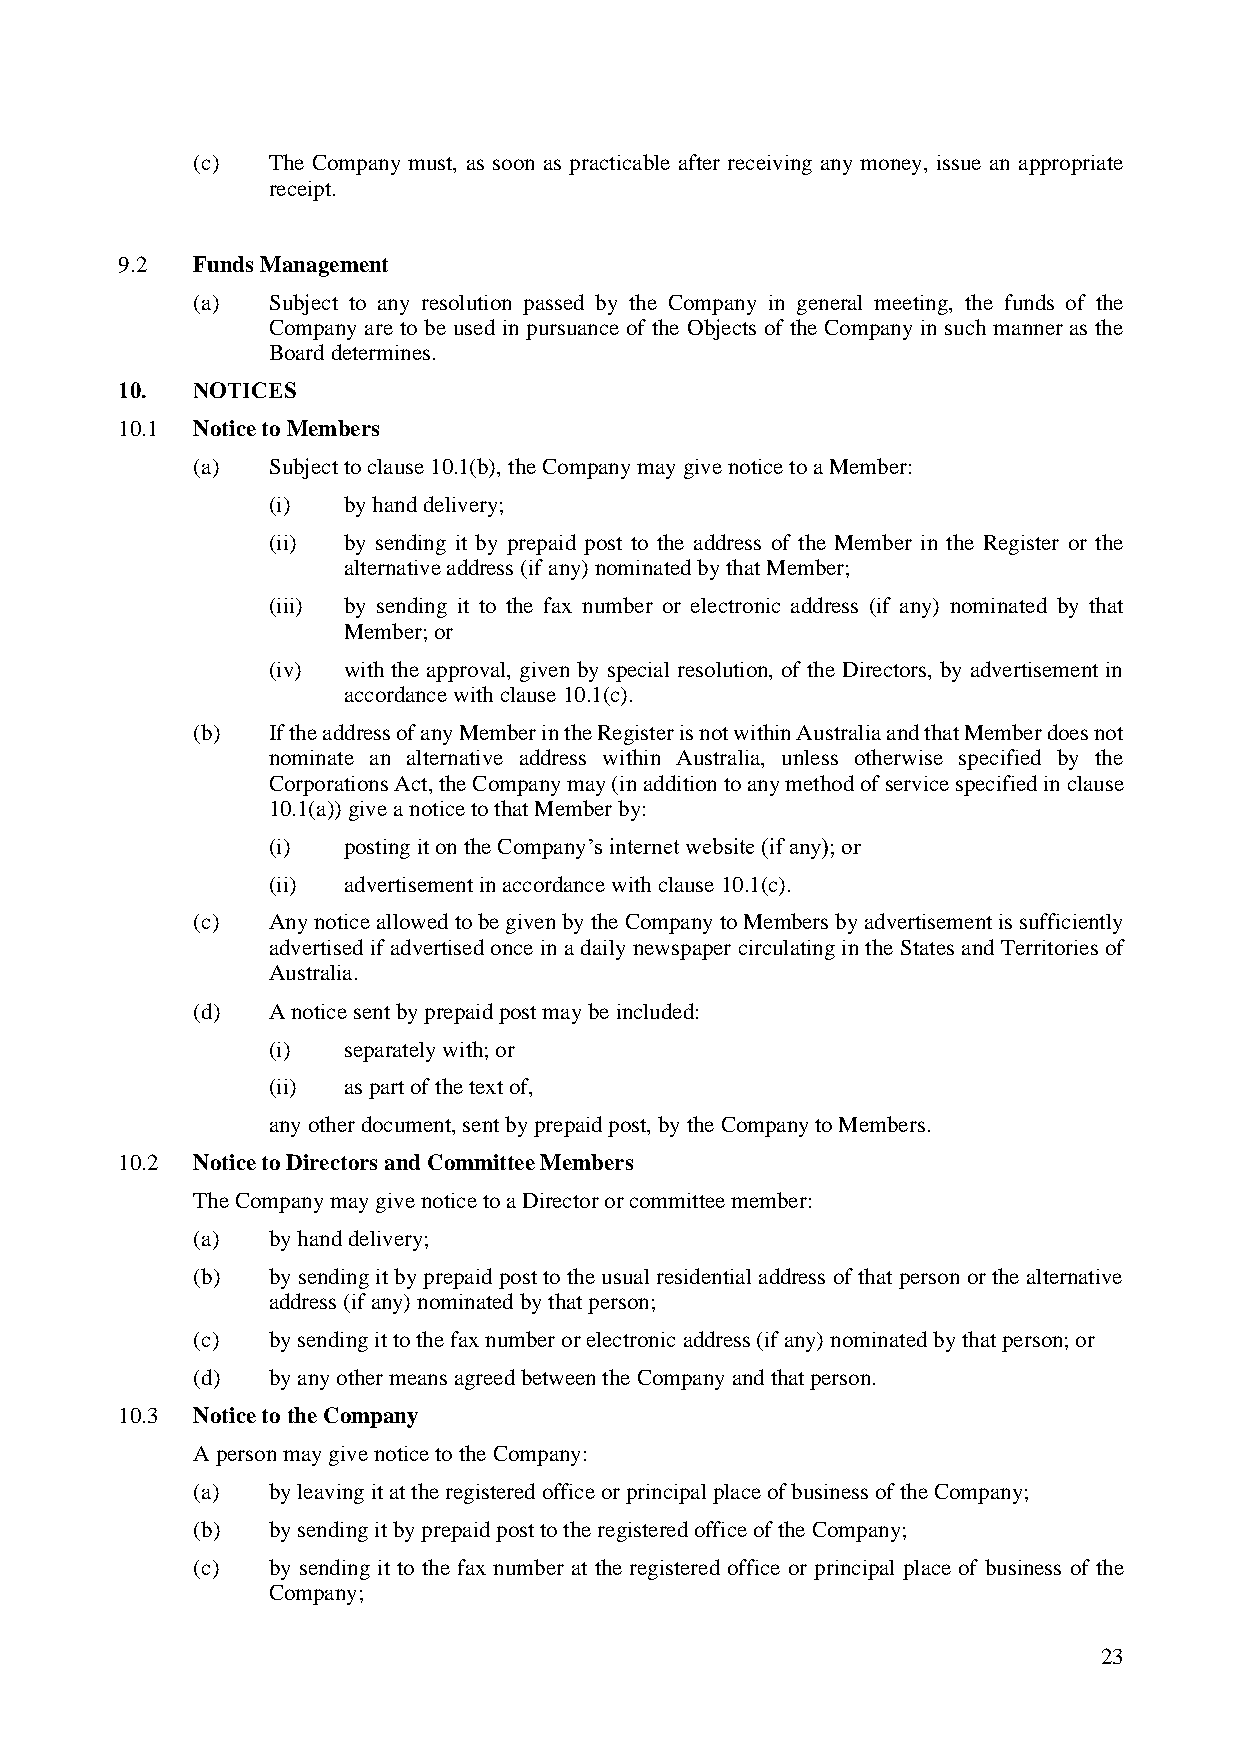
(c)  The Company must, as soon as practicable after receiving any money, issue an appropriate
 receipt.
 9.2  Funds Management
 (a)  Subject to any resolution passed by the Company in general meeting, the funds of the
 Company are to be used in pursuance of the Objects of the Company in such manner as the
 Board determines.
 10.  NOTICES
 10.1 Notice to Members
 (a)  Subject to clause 10.1(b), the Company may give notice to a Member:
 (i)  by hand delivery;
 (ii) by sending it by prepaid post to the address of the Member in the Register or the
 alternative address (if any) nominated by that Member;
 (iii) by sending it to the fax number or electronic address (if any) nominated by that
 Member; or
 (iv) with the approval, given by special resolution, of the Directors, by advertisement in
 accordance with clause 10.1(c).
 (b)  If the address of any Member in the Register is not within Australia and that Member does not
 nominate an alternative address within Australia, unless otherwise specified by the
 Corporations Act, the Company may (in addition to any method of service specified in clause
 10.1(a)) give a notice to that Member by:
 (i)  posting it on the Company’s internet website (if any); or
 (ii) advertisement in accordance with clause 10.1(c).
 (c)  Any notice allowed to be given by the Company to Members by advertisement is sufficiently
 advertised if advertised once in a daily newspaper circulating in the States and Territories of
 Australia.
 (d)  A notice sent by prepaid post may be included:
 (i)  separately with; or
 (ii) as part of the text of,
 any other document, sent by prepaid post, by the Company to Members.
 10.2 Notice to Directors and Committee Members
 The Company may give notice to a Director or committee member:
 (a)  by hand delivery;
 (b)  by sending it by prepaid post to the usual residential address of that person or the alternative
 address (if any) nominated by that person;
 (c)  by sending it to the fax number or electronic address (if any) nominated by that person; or
 (d)  by any other means agreed between the Company and that person.
 10.3 Notice to the Company
 A person may give notice to the Company:
 (a)  by leaving it at the registered office or principal place of business of the Company;
 (b)  by sending it by prepaid post to the registered office of the Company;
 (c)  by sending it to the fax number at the registered office or principal place of business of the
 Company;
 23